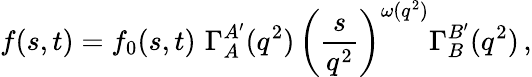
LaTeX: f(s,t)=f_{0}(s,t)\, \, \Gamma_{A}^{A^{\prime}}(q^{2})\, \left(\frac{s}{q^{2}}\right)^{\omega(q^{2})}\Gamma_{B}^{B^{\prime}}(q^{2})\, ,